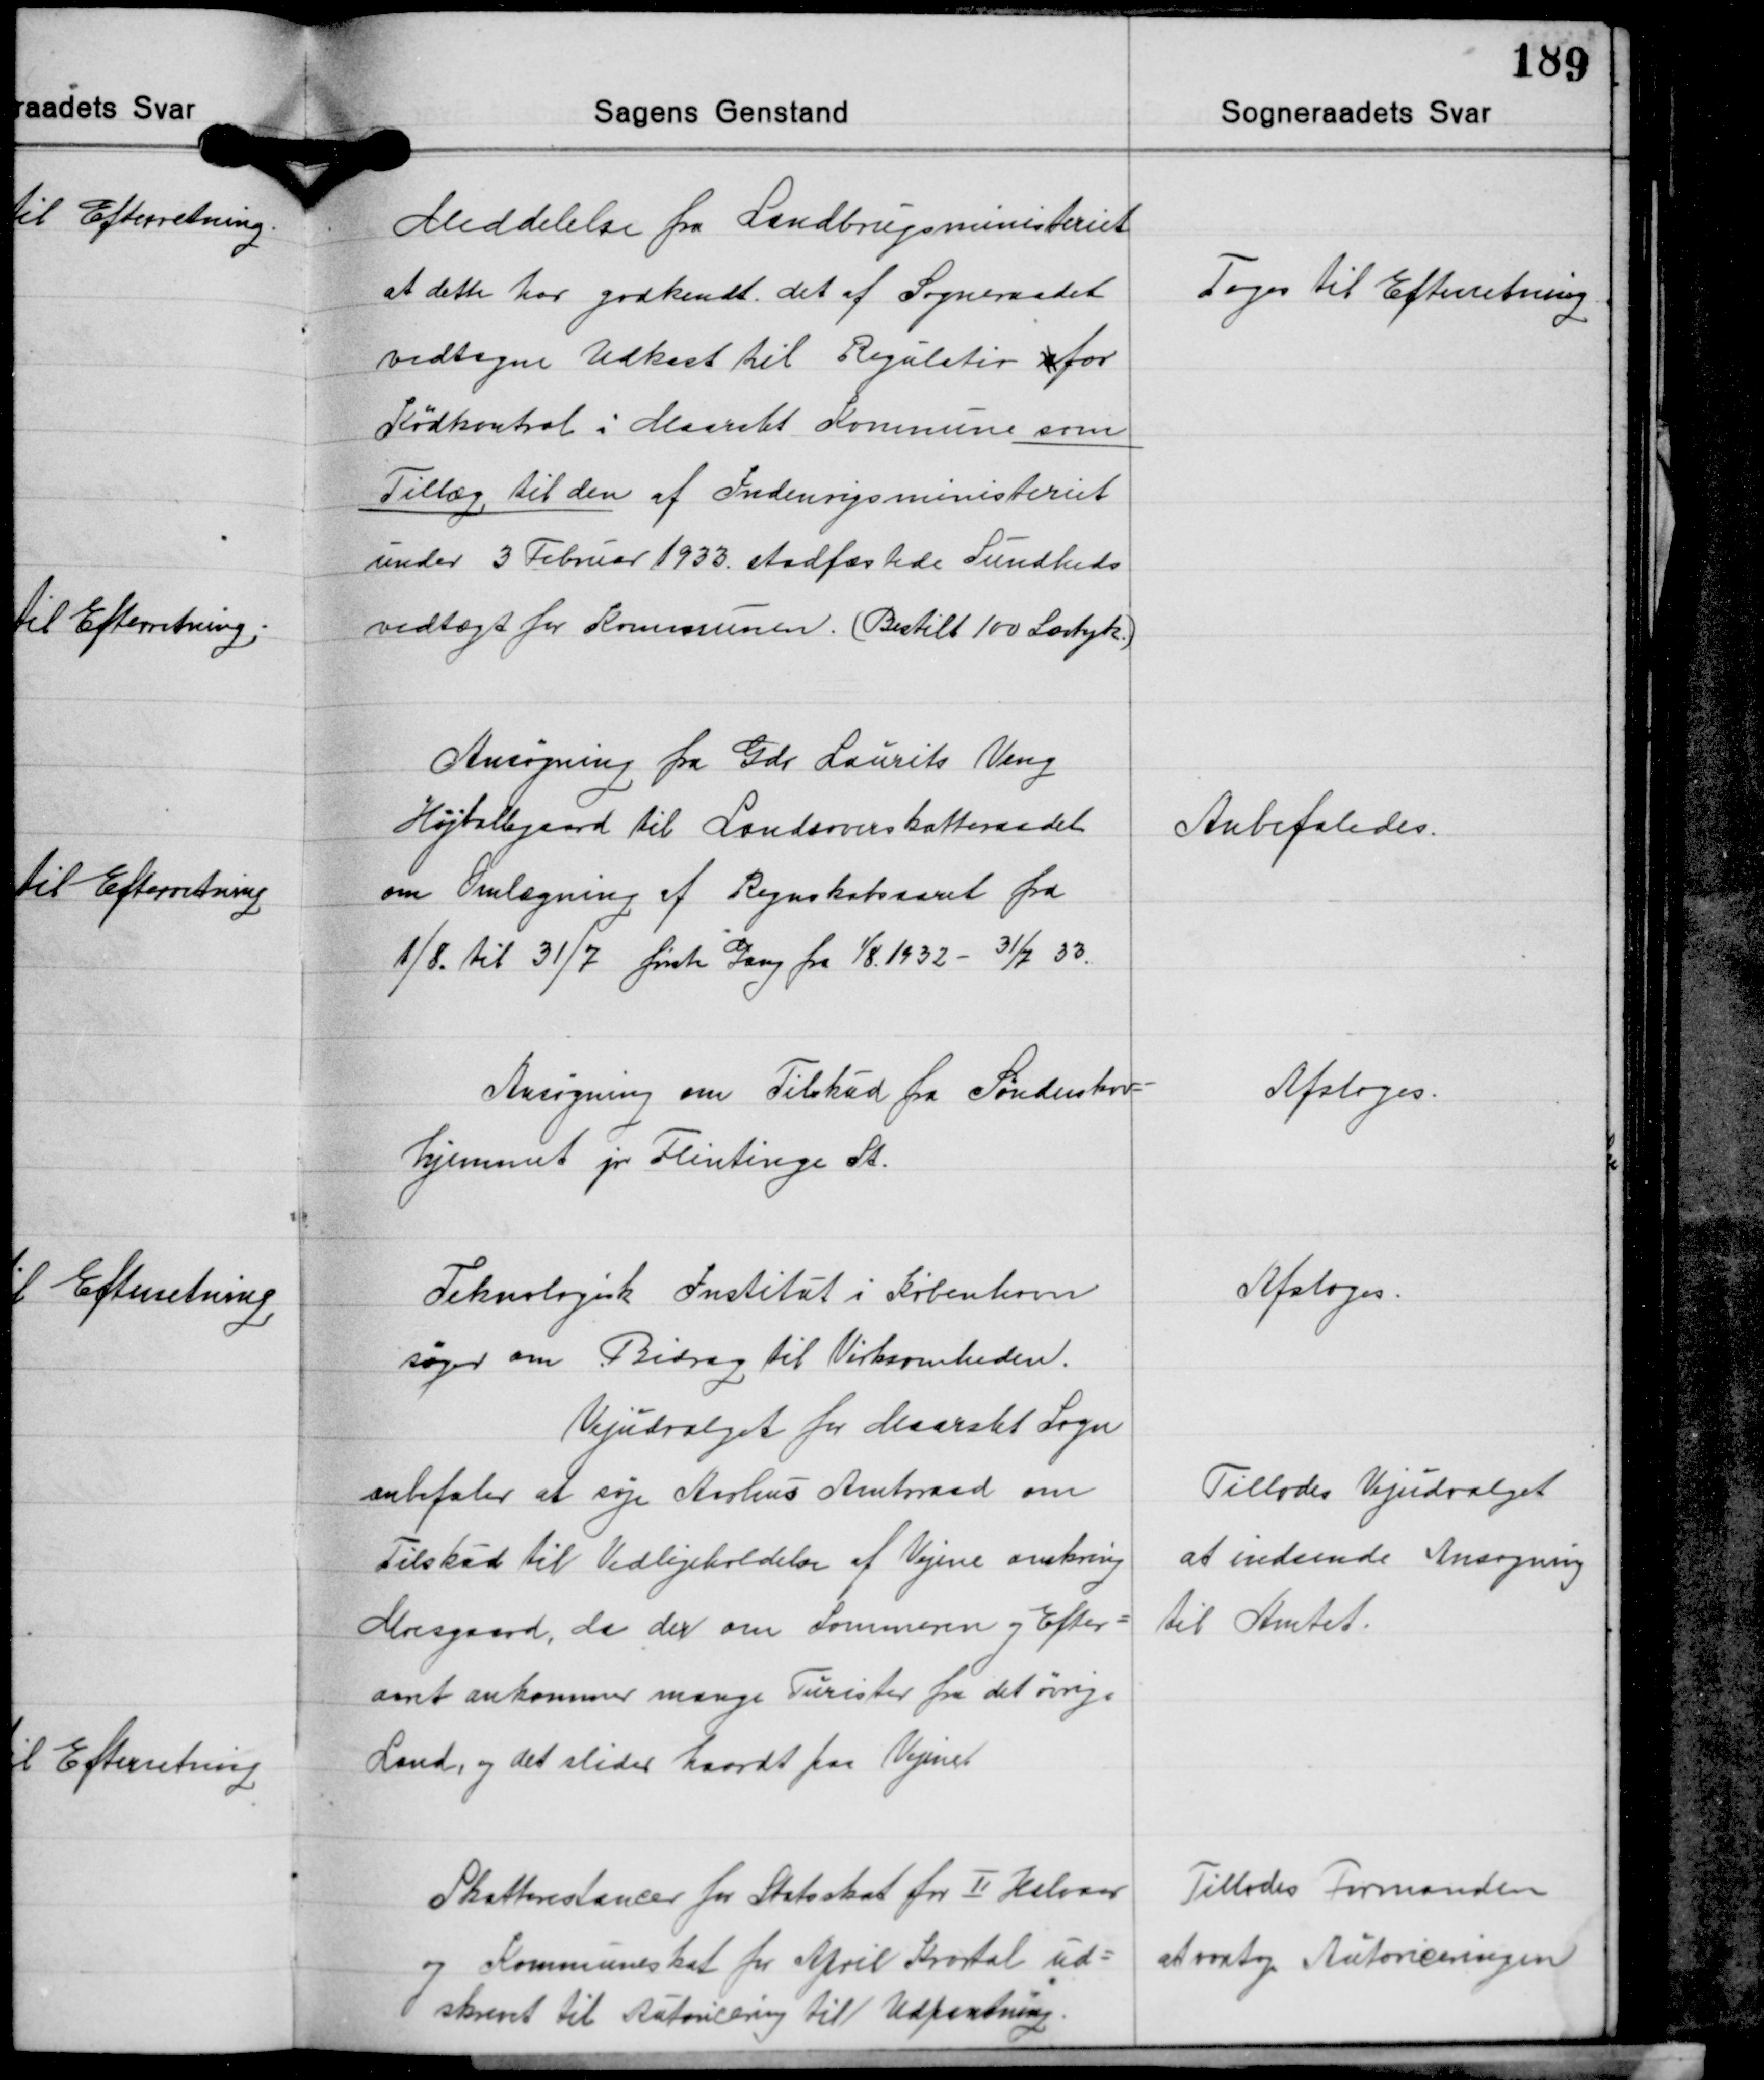
Transskription:
Meddelelse fra Landbrugsministeriet
at dette har godkendt det af Sogneraadet
vedtagne Udkast til Regulativ for
Kødkontrol i Maarslet Kommune som
Tillæg til den af Indenrigsministeriet
under 3 Februar 1933 stadfæstede Sundheds
vedtægt for Kommunen. (Bestilt 100 Særtryk.)

Toges til Efterretning

Ansøgning fra Gdr. Laurits Veng
Højballegaard til Landsoverskatteraadet
om Omlægning af Regnskabsaaret fra
1/8. til 31/7 første Gang fra 1/8. 1932 - 31/7 33.

Anbefaledes.

Ansøgning om Tilskud fra Sønderskov-
hjemmet pr. Flintinge St.

Afsloges.

Teknologisk Institut i København
søger om Bidrag til Virksomheden.
Vejudvalget for Maarslet Sogn
anbefaler at søge Aarhus Amtsraad om
Tilskud til Vedligeholdelse af Vejene omkring
Moesgaard, da der om Sommeren og Efter-
aaret ankommer mange Turister fra det øvrige
Land, og det slider haardt paa Vejene.

Afsloges.

Tillodes Vejudvalget
at indsende Ansøgning
til Amtet.

Skatterestancer for Statsskat for Ⅱ Halvaar
og Kommuneskat for April Kvartal ud-
skrevet til Autoricering til Udpantning

Tillodes Formanden
at varetage Autoriceringen